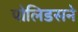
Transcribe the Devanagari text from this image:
पोलिडसने